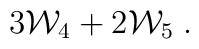
3 {\cal W}_4 + 2 {\cal W}_5 \;.